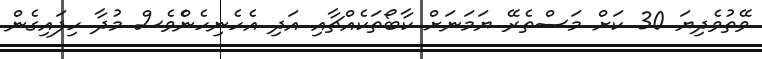
ވޭތުވެދިޔަ 30 ކަށް މަސްތެރޭ ޔަމަނަށް ކާބޯތަކެއްޗާއި އަދި އެހެނިހެންެވެސް މުދާ ހިފައިގެން